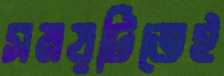
সময়টিতেই